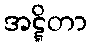
အဋ္ဋိတာ